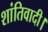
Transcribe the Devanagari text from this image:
शांतिवादी।